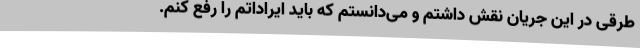
طرقی در این جریان نقش داشتم و می‌دانستم که باید ایراداتم را رفع کنم.